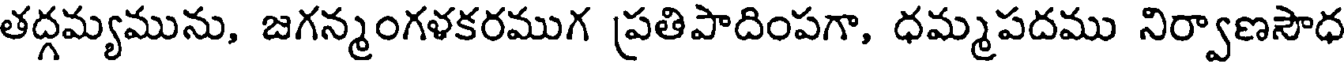
తద్గమ్యమును, జగన్మంగళకరముగ ప్రతిపాదింపగా, ధమ్మపదము నిర్వాణసౌధ